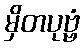
မှိတပုဗ္ဗံ